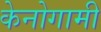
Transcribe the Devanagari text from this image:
केनोगामी